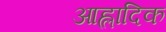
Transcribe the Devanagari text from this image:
आह्लादिक